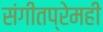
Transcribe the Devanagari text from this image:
संगीतप्रेमही